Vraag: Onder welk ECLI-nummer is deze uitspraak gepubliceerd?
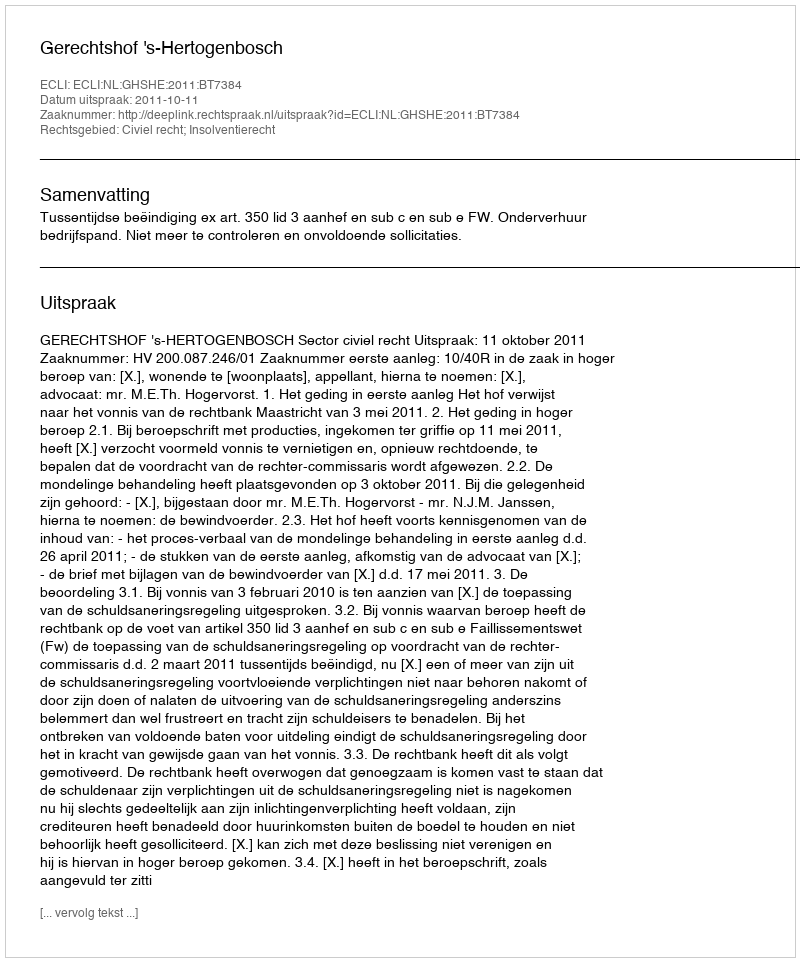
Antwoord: ECLI:NL:GHSHE:2011:BT7384